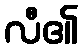
လီ၏